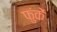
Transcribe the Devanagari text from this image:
फुंकें